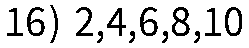
16) 2,4,6,8,10